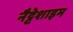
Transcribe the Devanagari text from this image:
नैट्टेशाइम